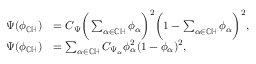
\begin{array} { r l } { \Psi ( \phi _ { \mathbb { C } \mathbb { H } } ) } & { = C _ { \Psi } \bigg ( \sum _ { \alpha \in { \mathbb { C } \mathbb { H } } } \phi _ { \alpha } \bigg ) ^ { 2 } \bigg ( 1 - \sum _ { \alpha \in { \mathbb { C } \mathbb { H } } } \phi _ { \alpha } \bigg ) ^ { 2 } , } \\ { \Psi ( \phi _ { \mathbb { C } \mathbb { H } } ) } & { = \sum _ { \alpha \in { \mathbb { C } \mathbb { H } } } C _ { \Psi _ { \alpha } } \phi _ { \alpha } ^ { 2 } ( 1 - \phi _ { \alpha } ) ^ { 2 } , } \end{array}